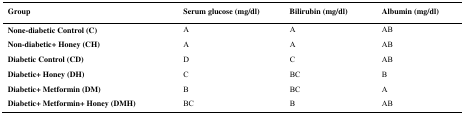
<table><thead><tr><td><b>Group</b></td><td><b>Serum glucose (mg/dl)</b></td><td><b>Bilirubin (mg/dl)</b></td><td><b>Albumin (mg/dl)</b></td></tr></thead><tbody><tr><td><b>None-diabetic Control (C)</b></td><td>A</td><td>A</td><td>AB</td></tr><tr><td><b>Non-diabetic+ Honey (CH)</b></td><td>A</td><td>A</td><td>AB</td></tr><tr><td><b>Diabetic Control (CD)</b></td><td>D</td><td>C</td><td>AB</td></tr><tr><td><b>Diabetic+ Honey (DH)</b></td><td>C</td><td>BC</td><td>B</td></tr><tr><td><b>Diabetic+ Metformin (DM)</b></td><td>B</td><td>BC</td><td>A</td></tr><tr><td><b>Diabetic+ Metformin+ Honey (DMH)</b></td><td>BC</td><td>B</td><td>AB</td></tr></tbody></table>